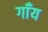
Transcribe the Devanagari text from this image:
गाँय